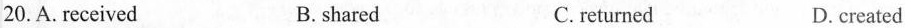
20.A. received B.shared C.returned D.created